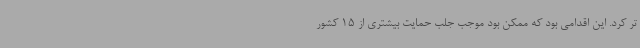
تر کرد. این اقدامی بود که ممکن بود موجب جلب حمایت بیشتری از 15 کشور